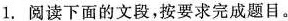
1.阅读下面的文段，按要求完成题目。